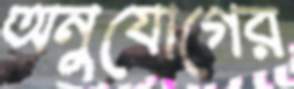
অনুযোগের